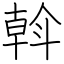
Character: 斡